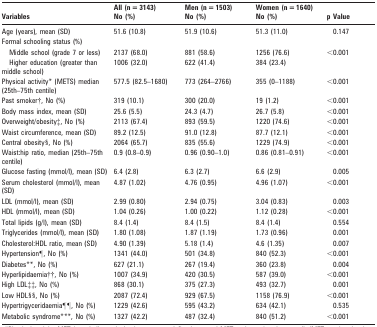
<table><thead><tr><td><b>Variables</b></td><td><b>All (n = 3143) No (%)</b></td><td><b>Men (n = 1503) No (%)</b></td><td><b>Women (n = 1640) No (%)</b></td><td><b>p Value</b></td></tr></thead><tbody><tr><td>Age (years), mean (SD)</td><td>51.6 (10.8)</td><td>51.9 (10.6)</td><td>51.3 (11.0)</td><td>0.147</td></tr><tr><td>Formal schooling status (%)</td><td></td><td></td><td></td><td></td></tr><tr><td>Middle school (grade 7 or less)</td><td>2137 (68.0)</td><td>881 (58.6)</td><td>1256 (76.6)</td><td rowspan="2">&lt;0.001</td></tr><tr><td>Higher education (greater than middle school)</td><td>1006 (32.0)</td><td>622 (41.4)</td><td>384 (23.4)</td></tr><tr><td>Physical activity* (METS) median (25th–75th centile)</td><td>577.5 (82.5–1680)</td><td>773 (264–2766)</td><td>355 (0–1188)</td><td>&lt;0.001</td></tr><tr><td>Past smoker†, No (%)</td><td>319 (10.1)</td><td>300 (20.0)</td><td>19 (1.2)</td><td>&lt;0.001</td></tr><tr><td>Body mass index, mean (SD)</td><td>25.6 (5.5)</td><td>24.3 (4.7)</td><td>26.7 (5.8)</td><td>&lt;0.001</td></tr><tr><td>Overweight/obesity‡, No (%)</td><td>2113 (67.4)</td><td>893 (59.5)</td><td>1220 (74.6)</td><td>&lt;0.001</td></tr><tr><td>Waist circumference, mean (SD)</td><td>89.2 (12.5)</td><td>91.0 (12.8)</td><td>87.7 (12.1)</td><td>&lt;0.001</td></tr><tr><td>Central obesity§, No (%)</td><td>2064 (65.7)</td><td>835 (55.6)</td><td>1229 (74.9)</td><td>&lt;0.001</td></tr><tr><td>Waist:hip ratio, median (25th–75th centile)</td><td>0.9 (0.8–0.9)</td><td>0.96 (0.90–1.0)</td><td>0.86 (0.81–0.91)</td><td>&lt;0.001</td></tr><tr><td>Glucose fasting (mmol/l), mean (SD)</td><td>6.4 (2.8)</td><td>6.3 (2.7)</td><td>6.6 (2.9)</td><td>0.005</td></tr><tr><td>Serum cholesterol (mmol/l), mean (SD)</td><td>4.87 (1.02)</td><td>4.76 (0.95)</td><td>4.96 (1.07)</td><td>&lt;0.001</td></tr><tr><td>LDL (mmol/l), mean (SD)</td><td>2.99 (0.80)</td><td>2.94 (0.75)</td><td>3.04 (0.83)</td><td>0.003</td></tr><tr><td>HDL (mmol/l), mean (SD)</td><td>1.04 (0.26)</td><td>1.00 (0.22)</td><td>1.12 (0.28)</td><td>&lt;0.001</td></tr><tr><td>Total lipids (g/l), mean (SD)</td><td>8.4 (1.4)</td><td>8.4 (1.5)</td><td>8.4 (1.4)</td><td>0.554</td></tr><tr><td>Triglycerides (mmol/l), mean (SD)</td><td>1.80 (1.08)</td><td>1.87 (1.19)</td><td>1.73 (0.96)</td><td>0.001</td></tr><tr><td>Cholesterol:HDL ratio, mean (SD)</td><td>4.90 (1.39)</td><td>5.18 (1.4)</td><td>4.6 (1.35)</td><td>0.007</td></tr><tr><td>Hypertension¶, No (%)</td><td>1341 (44.0)</td><td>501 (34.8)</td><td>840 (52.3)</td><td>&lt;0.001</td></tr><tr><td>Diabetes**, No (%)</td><td>627 (21.1)</td><td>267 (19.4)</td><td>360 (23.8)</td><td>0.004</td></tr><tr><td>Hyperlipidaemia††, No (%)</td><td>1007 (34.9)</td><td>420 (30.5)</td><td>587 (39.0)</td><td>&lt;0.001</td></tr><tr><td>High LDL‡‡, No (%)</td><td>868 (30.1)</td><td>375 (27.3)</td><td>493 (32.7)</td><td>0.001</td></tr><tr><td>Low HDL§§, No (%)</td><td>2087 (72.4)</td><td>929 (67.5)</td><td>1158 (76.9)</td><td>&lt;0.001</td></tr><tr><td>Hypertrigyceridaemia¶¶, No (%)</td><td>1229 (42.6)</td><td>595 (43.2)</td><td>634 (42.1)</td><td>0.535</td></tr><tr><td>Metabolic syndrome***, No (%)</td><td>1327 (42.2)</td><td>487 (32.4)</td><td>840 (51.2)</td><td>&lt;0.001</td></tr></tbody></table>